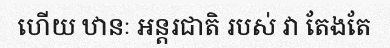
ហើយ ឋានៈ អន្តរជាតិ របស់ វា តែងតែ